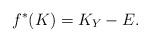
LaTeX: \begin{align*}f^*(K)=K_Y-E.\end{align*}